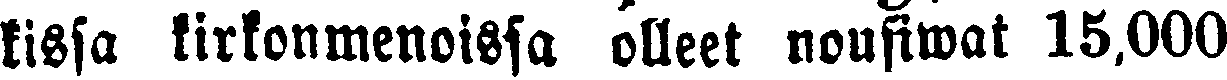
kissa kirkonmenoissa olleet nousiwat 15.000